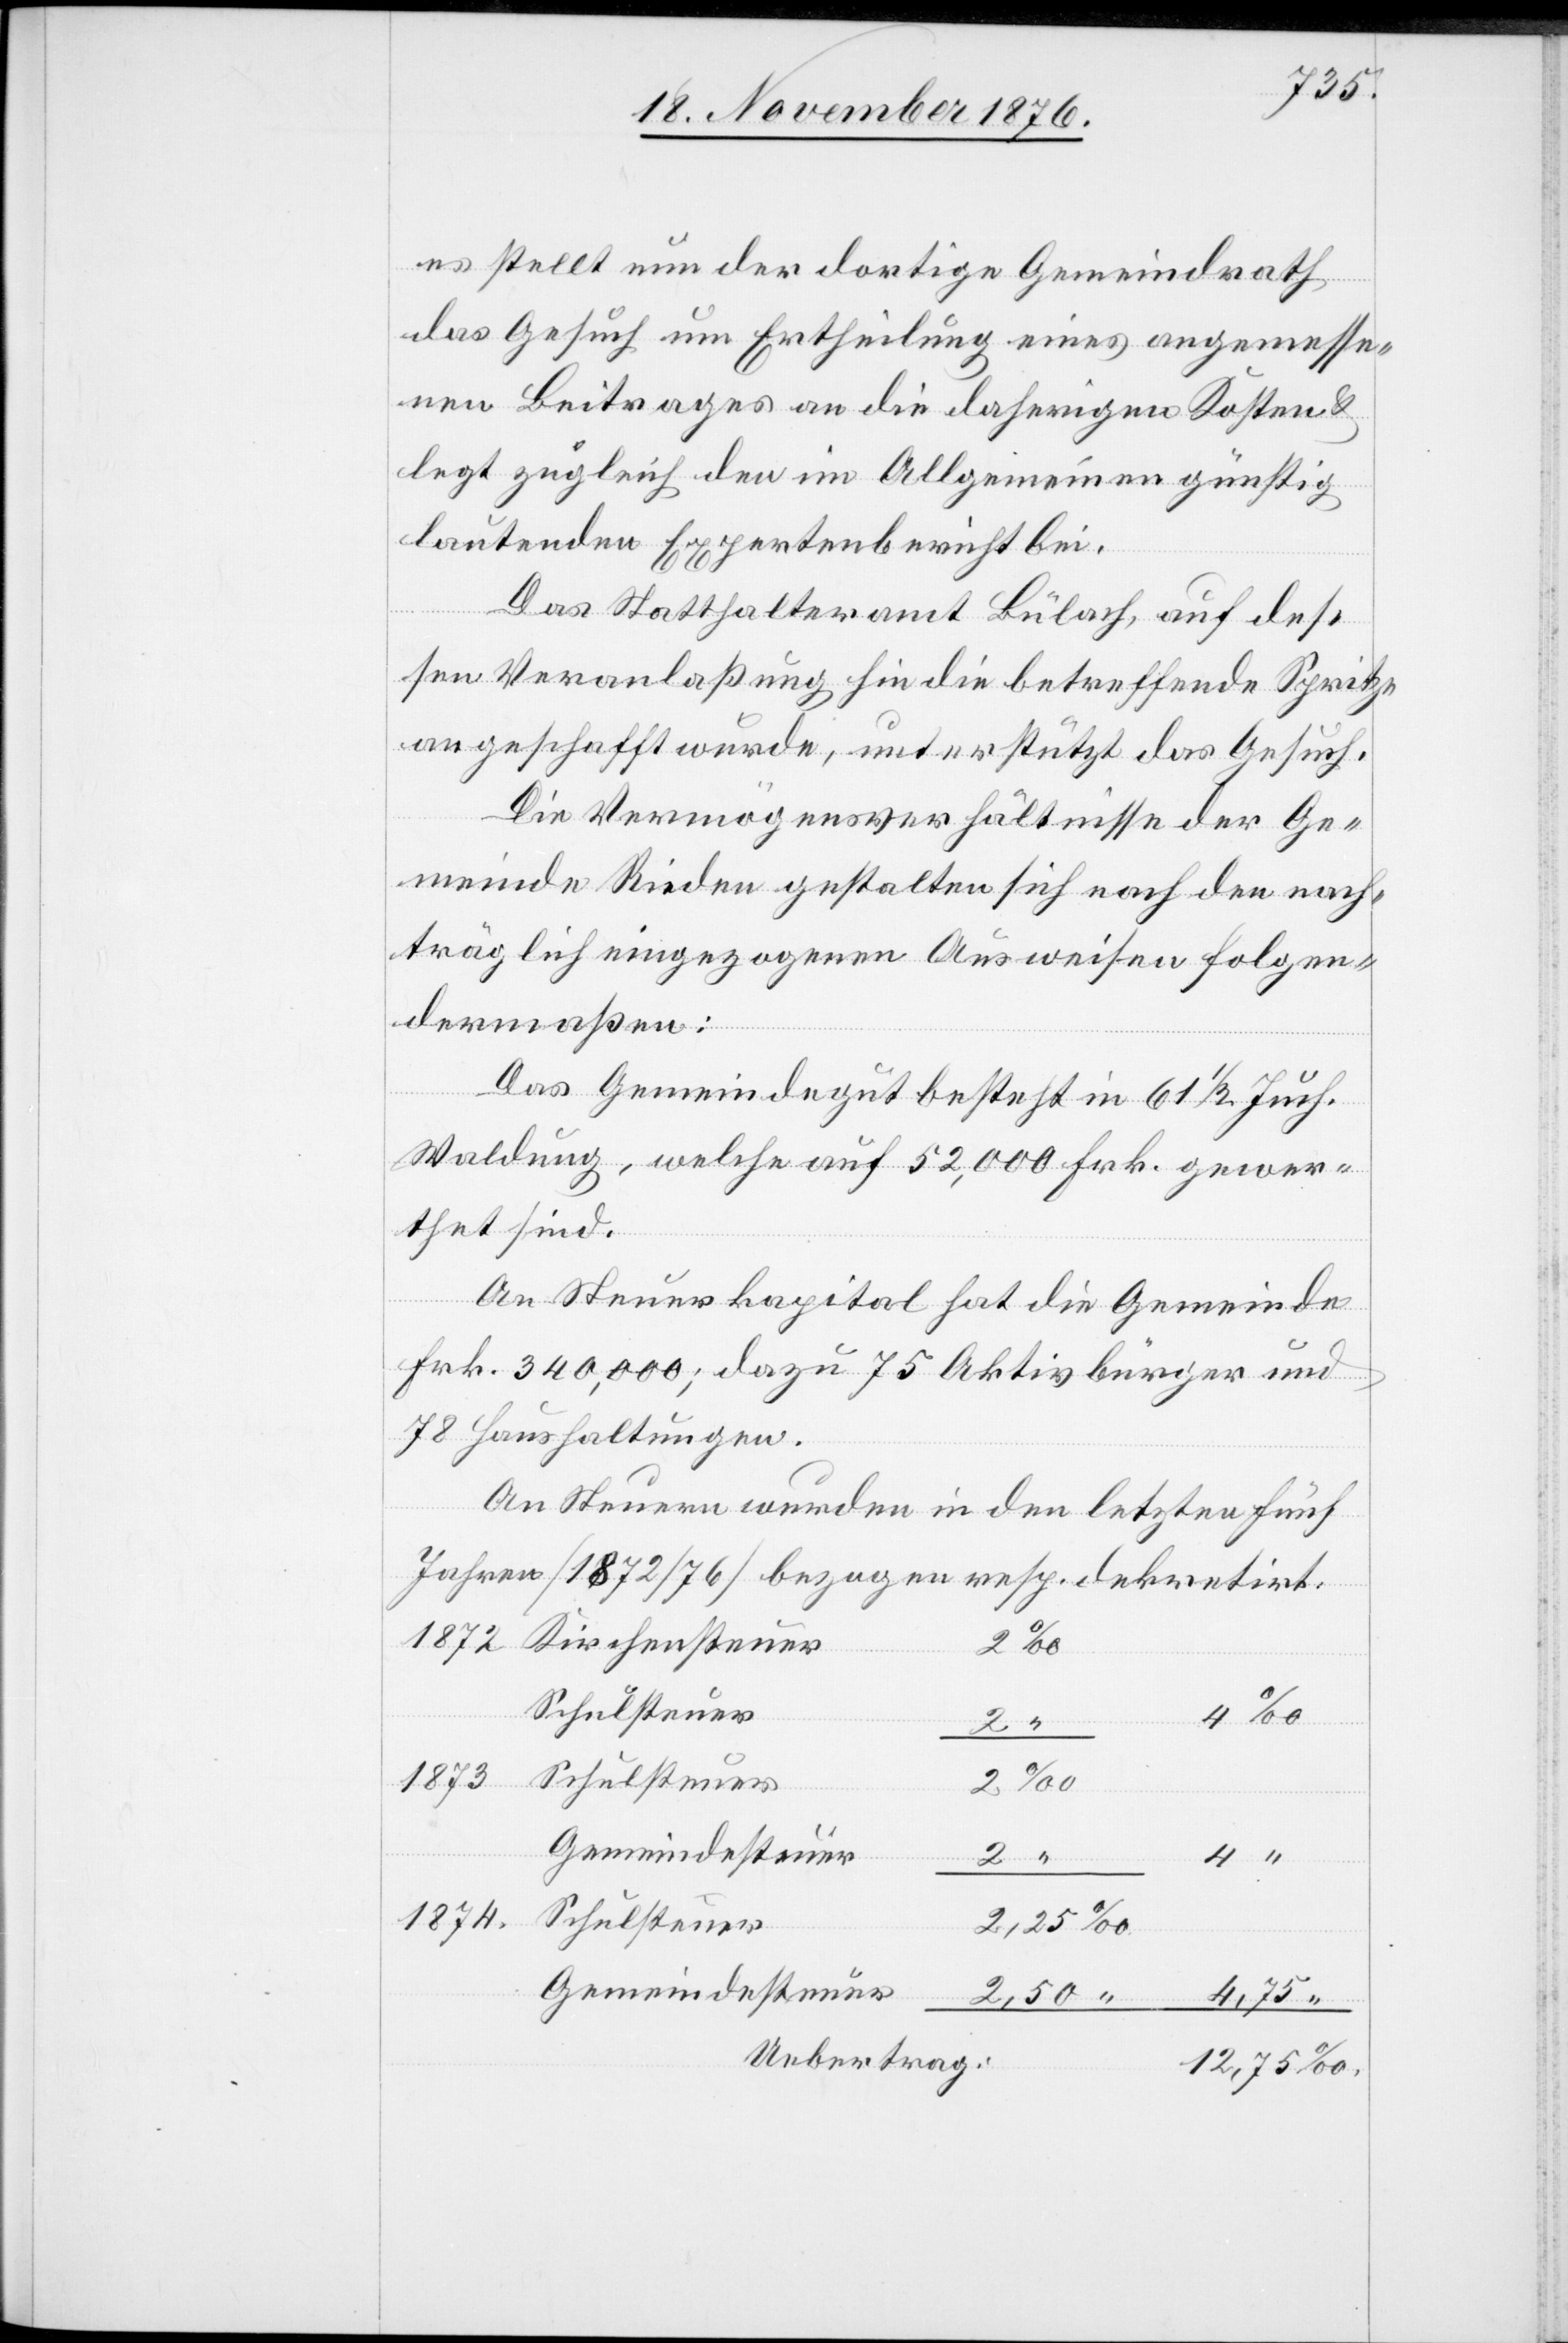
es stellt nun der dortige Gemeindrath
das Gesuch um Ertheilung eines angemesse¬
nen Beitrages an die daherigen Kosten &
legt zugleich den im Allgemeinen günstig
lautenden Expertenbericht bei.
Das Statthalteramt Bülach, auf des¬
sen Veranlaßung hin die betreffende Spritze
angeschafft wurde, unterstützt das Gesuch.
Die Vermögensverhältnisse der Ge¬
meinde Rieden gestalten sich nach den nach¬
träglich eingezogenen Ausweisen folgen¬
dermaßen:
Das Gemeindegut besteht in 61 1/2 Juch.
Waldung, welche auf 52,000 Frk. gewer¬
“
thet sind.
An Steuerkapital hat die gemeinde
Frk. 340,00; dazu 75 Aktivbürger und
78 Haushaltungen.
An Steuern wurden in den letzten fünf
Jahren [1872/76] bezogen resp. dekretirt:
Schulsteuer
2,
12,
“
1873
‰
Gemeindesteuer
1874
Uebertrag